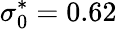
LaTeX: \sigma_{0}^{*}=0.62